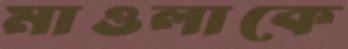
মাওলাকে